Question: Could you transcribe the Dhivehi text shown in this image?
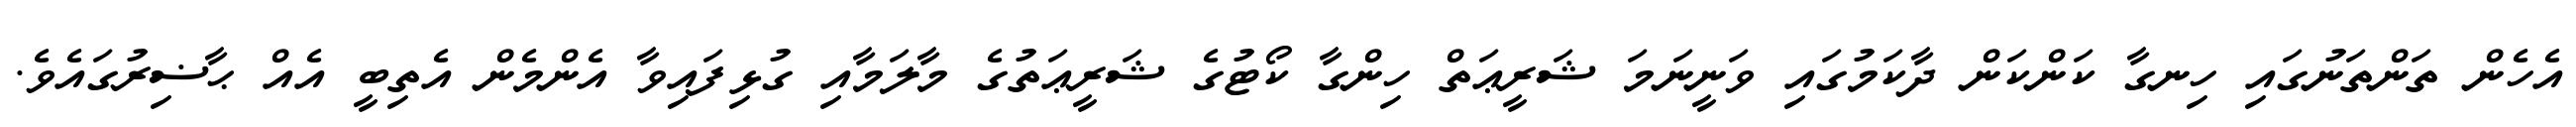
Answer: އެހެން ތަންތަނުގައި ހިނގާ ކަންކަން ދާކަމުގައި ވަނީނަމަ ޝަރީޢަތް ހިންގާ ކޯޓުގެ ޝަރީޢަތުގެ މާލަމާއި ގުޅިފައިވާ އެންމެން އެތިބީ އެއް ޙާޟިރުގައެވެ.